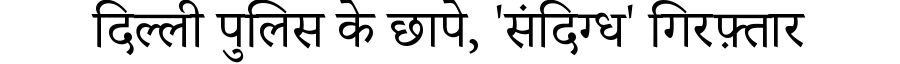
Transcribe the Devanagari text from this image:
दिल्ली पुलिस के छापे, 'संदिग्ध' गिरफ़्तार